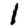
Digit: 1